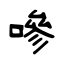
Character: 嘇